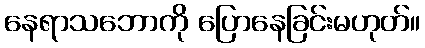
နေရာသဘောကို ပြောနေခြင်းမဟုတ်။